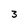
Character: 3